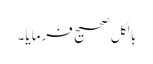
بالکل صحیح فرمایا۔